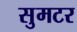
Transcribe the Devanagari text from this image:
सुमटर